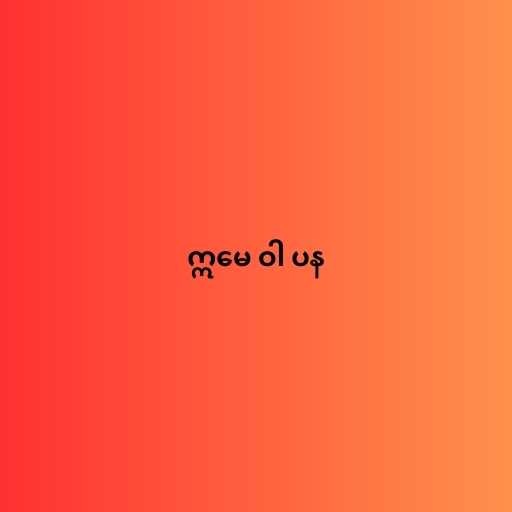
ဣမေ ဝါ ပန